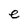
Character: e